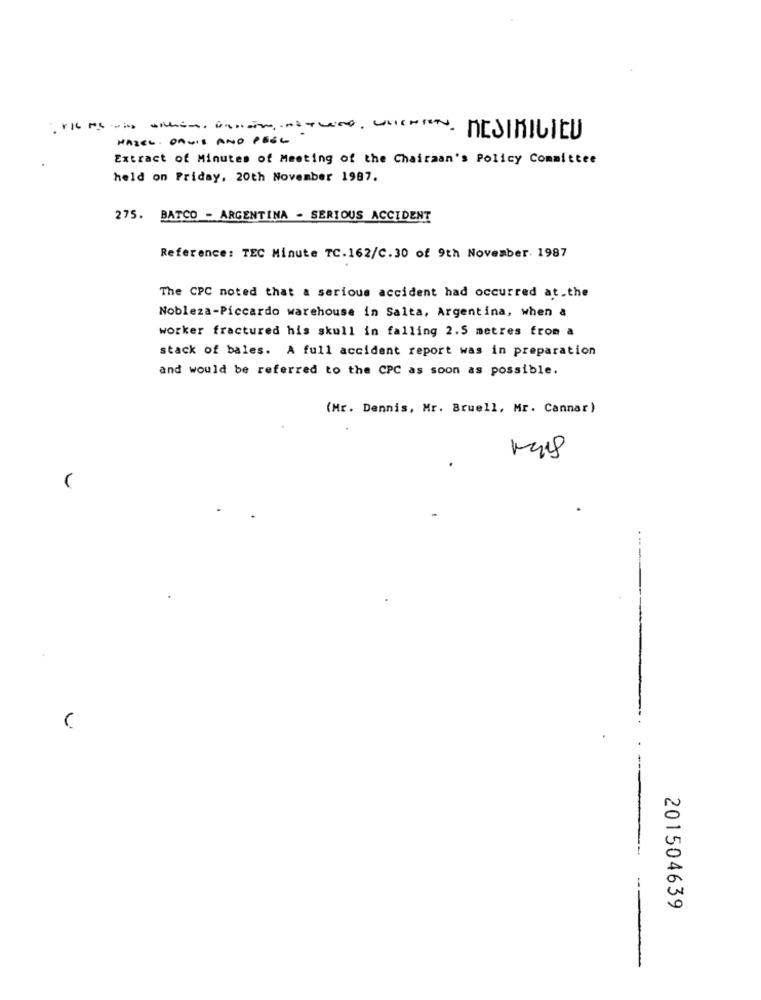
HAZEL. OQUIS AND PEEL
Extract of Minutes of Meeting of the Chairman's Policy Committee
held on Friday, 20th November 1987.
275. BATCO - ARGENTINA - SERIOUS ACCIDENT
Reference: TEC Minute TC.162/C.30 of 9th November 1987
The CPC noted that a serious accident had occurred at.the
Nobleza-Piccardo warehouse in Salta, Argentina, when a
worker fractured his skull in falling 2.5 metres from a
stack of bales. A full accident report was in preparation
and would be referred to the CPC as soon as possible.
(Mr. Dennis, Mr. Bruell, Mr. Cannar)
(
(
201504639